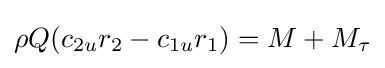
\rho Q(c_{2u}r_{2}-c_{1u}r_{1})=M+M_{\tau }